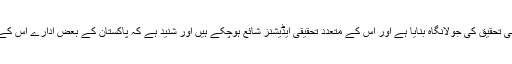
خصوصاً ’’تفسیرماتریدی‘‘ کو تو متعدد اہلِ علم نے اپنی تحقیق کی جولانگاہ بنایا ہے اور اس کے متعدد تحقیقی ایڈیشنز شائع ہوچکے ہیں اور شنید ہے کہ پاکستان کے بعض ادارے اس کے اردو ترجمے کی طرف بھی پیش رفت کرچکے ہیں۔